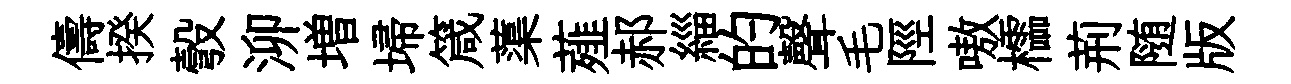
儔揆彀泖増埽箴蕖薤郝緇的聲毛陘嗷櫺荊随版